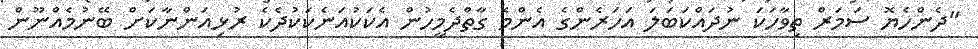
"ދެންހެޔޮ ސަމަރް ތިވާހަކަ ނުދައްކަބަލަ އަހަރެންގެ އެންމެ ގާތްދެމީހުން އެކަކުއަނެކަކުދެކެ ރުޅިއަންނާކަށް ބޭނުމެއްނޫން